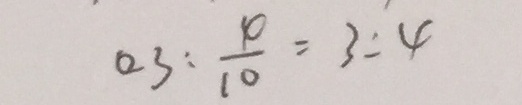
0 . 3 : \frac { 4 } { 1 0 } = 3 : 4